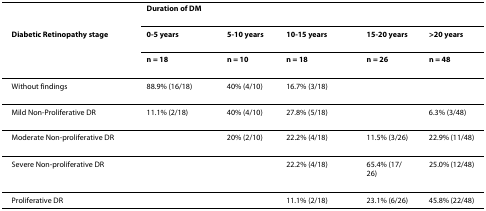
<table><thead><tr><td></td><td colspan="5"><b>Duration of DM</b></td></tr><tr><td><b>Diabetic Retinopathy stage</b></td><td><b>0-5 years</b></td><td><b>5-10 years</b></td><td><b>10-15 years</b></td><td><b>15-20 years</b></td><td><b>&gt;20 years</b></td></tr><tr><td></td><td><b>n = 18</b></td><td><b>n = 10</b></td><td><b>n = 18</b></td><td><b>n = 26</b></td><td><b>n = 48</b></td></tr></thead><tbody><tr><td>Without findings</td><td>88.9% (16/18)</td><td>40% (4/10)</td><td>16.7% (3/18)</td><td></td><td></td></tr><tr><td>Mild Non-Proliferative DR</td><td>11.1% (2/18)</td><td>40% (4/10)</td><td>27.8% (5/18)</td><td></td><td>6.3% (3/48)</td></tr><tr><td>Moderate Non-proliferative DR</td><td></td><td>20% (2/10)</td><td>22.2% (4/18)</td><td>11.5% (3/26)</td><td>22.9% (11/48)</td></tr><tr><td>Severe Non-proliferative DR</td><td></td><td></td><td>22.2% (4/18)</td><td>65.4% (17/26)</td><td>25.0% (12/48)</td></tr><tr><td>Proliferative DR</td><td></td><td></td><td>11.1% (2/18)</td><td>23.1% (6/26)</td><td>45.8% (22/48)</td></tr></tbody></table>